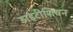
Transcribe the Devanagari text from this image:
डाइटीशियन